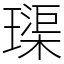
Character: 璖